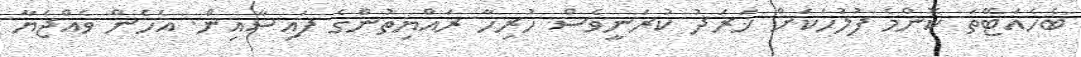
ބެހެއަޓޭތަ ކޮންމެ ފުލުހަކަަށް ޚަރަދު ކުރަނީވެސް ހުރިހާ ރައްޔިތުންގެ ފައިސާއިން. އެހެން ވެއްޖެޔާ